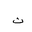
Letter: _tha